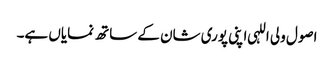
اصول ولی اللہی اپنی پوری شان کے ساتھ نمایاں ہے۔